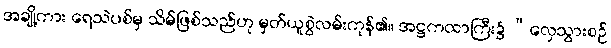
အချို့ကား ရေသဲပစ်မှ သိမ်ဖြစ်သည်ဟု မှတ်ယူစွဲလမ်းကုန်၏။ အဋ္ဌကထာကြီး၌ “လှေသွားစဉ်